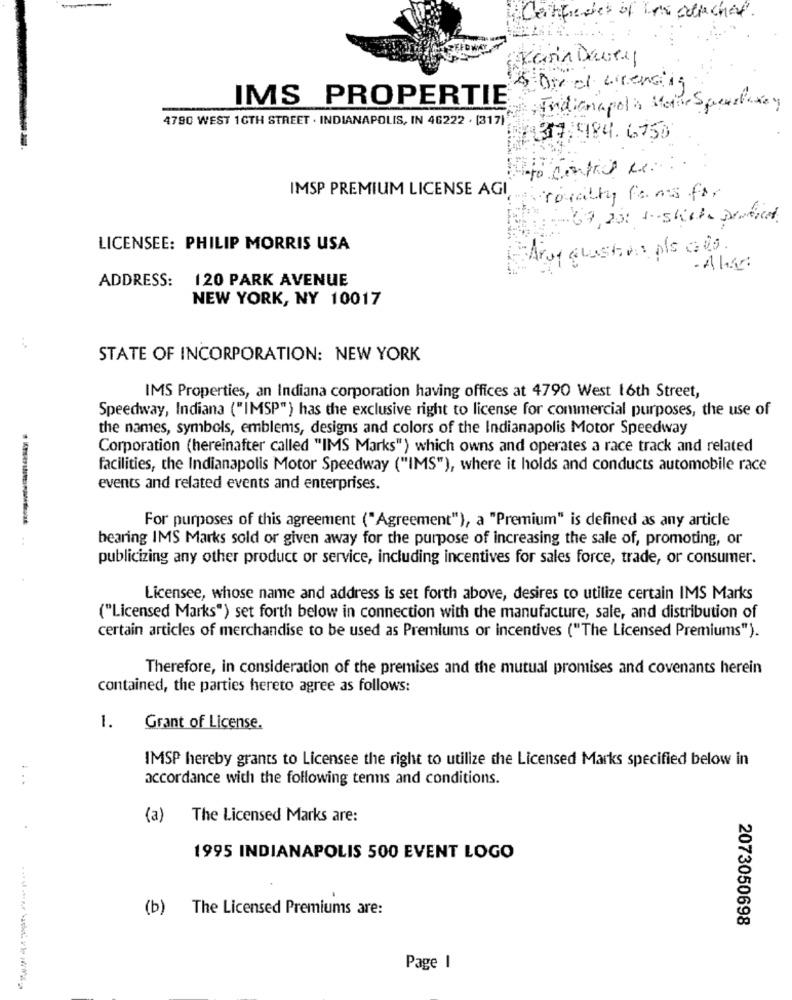
Certificates of how collechal.
Karin Davey
5 Ore al wirensing
IMS PROPERTIE
Indianapolis Motive Sat
4790 WEST 1GTH STREET . INDIANAPOLIS, IN 46222 . [317)
A313:994. 6750
to centris be
IMSP PREMIUM LICENSE AGI
royalty fams for
LICENSEE: PHILIP MORRIS USA
y GLAShos ple ats.
ADDRESS:
120 PARK AVENUE
NEW YORK, NY 10017
STATE OF INCORPORATION: NEW YORK
IMS Properties, an Indiana corporation having offices at 4790 West 16th Street,
Speedway, Indiana ("IMSP") has the exclusive right to license for commercial purposes, the use of
the names, symbols, emblems, designs and colors of the Indianapolis Motor Speedway
Corporation (hereinafter called "IMS Marks") which owns and operates a race track and related
facilities, the Indianapolis Motor Speedway ("IMS"), where it holds and conducts automobile race
events and related events and enterprises.
For purposes of this agreement ("Agreement"), a "Premium" is defined as any article
bearing IMS Marks sold or given away for the purpose of increasing the sale of, promoting, or
publicizing any other product or service, including incentives for sales force, trade, or consumer.
Licensee, whose name and address is set forth above, desires to utilize certain IMS Marks
("Licensed Marks") set forth below in connection with the manufacture, sale, and distribution of
certain articles of merchandise to be used as Premiums or incentives ("The Licensed Premiums").
Therefore, in consideration of the premises and the mutual promises and covenants herein
contained, the parties hereto agree as follows:
1.
Grant of License.
IMSP hereby grants to Licensee the right to utilize the Licensed Marks specified below in
. ..
accordance with the following tenns and conditions.
(a)
The Licensed Marks are:
1995 INDIANAPOLIS 500 EVENT LOGO
(b) The Licensed Premiums are:
2073050698
Page I